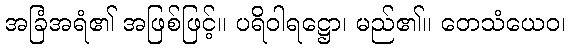
အခြံအရံ၏ အဖြစ်ဖြင့်။ ပရိဝါရဋ္ဌော၊ မည်၏။ တေသံယေဝ၊